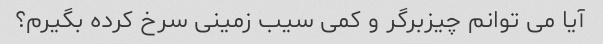
آیا می توانم چیزبرگر و کمی سیب زمینی سرخ کرده بگیرم؟